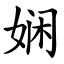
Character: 娴